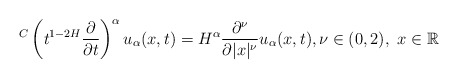
\begin{align*} {}^C\left(t^{1-2H}\frac{\partial}{\partial t}\right)^{\alpha} u_{\alpha}(x,t)= H^{\alpha}\frac{\partial^\nu}{\partial |x|^{\nu}}u_{\alpha}(x,t), \nu \in (0,2), \ x \in \mathbb{R} \end{align*}